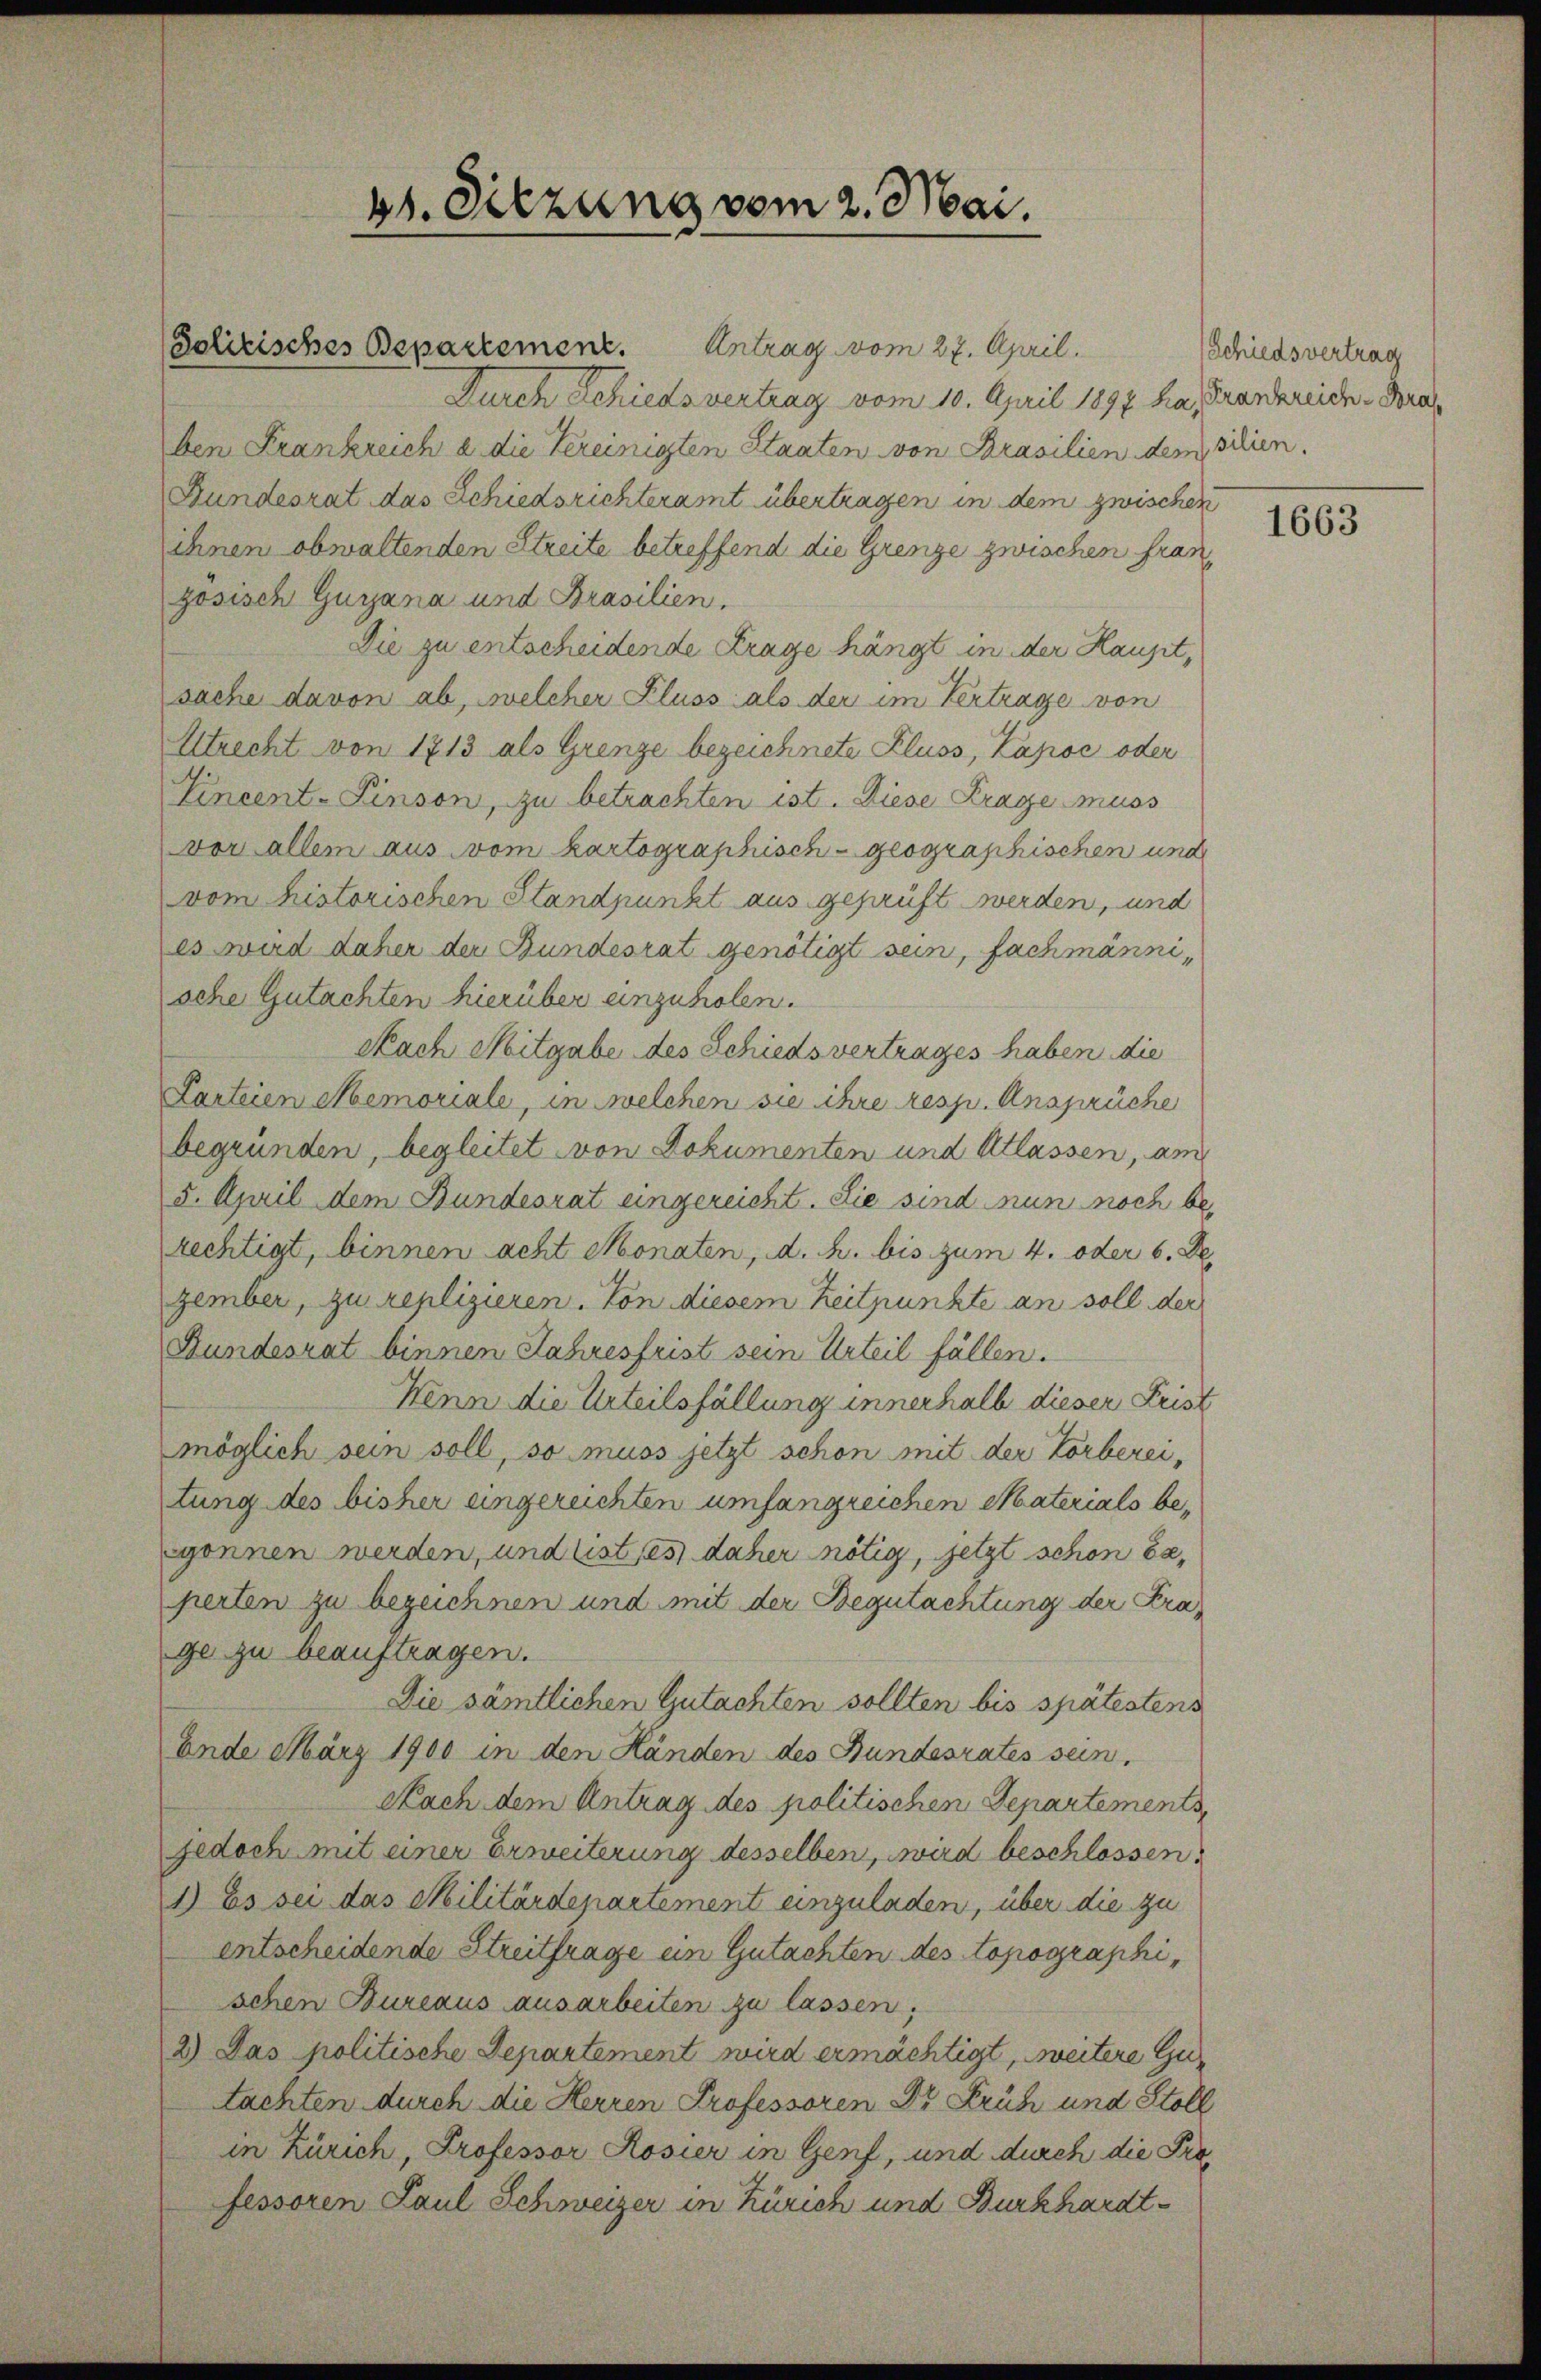
Solitisches Bepartement. Antrag vom 27. April.
Durch Schiedsvertrag vom 10. April 1897 ha, Trankreich-Fraben Frankreich a die Vereinigten Staaten von Brasilien dem schien.
Bundesrat das Schiedsrichteramt übertragen in dem zwischen
ihnen obwaltenden Streite betreffend die Grenze zwischen französisch Guyana und Brasilien.
Die zu entscheidende Frage hängt in der Hausit,
sache davon ab, welcher Fluss als der im Vertrage von
Utrecht von 1713 als Grenze bezeichnete Fluss, Zapoc oder
Vincent-Pinson, zu betrachten ist. Diese Frage muss
vor allem aus vom kartographisch geographischen und
vom historischen Standpunkt aus geprüft werden, und
es wird daher der Bundesrat genötigt sein, fachmännische Gutachten hierüber einzuholen.
Nach Mitgabe des Schiedsvertrages haben die
Larteien Memoriale, in welchen sie ihre resp. Ansprüche
begründen, begleitet von Dokumenten und Atlassen, am
5. April dem Bundesrat eingereicht. Die sind nun noch berechtigt, binnen acht Monaten, d. h. bis zum 4. oder 6. De
zember, zu replizieren. Von diesem Zeitpunkte an soll der
Bundesrat binnen Jahresfrist sein Urteil fällen.
Wenn die Urteilsfällung innerhalb dieser Frist
möglich sein soll, so muss jetzt schon mit der Körbereitung des bisher eingereichten umfangreichen Materials begonnen werden, und listies daher nötig, jetzt schon beperten zu bezeichnen und mit der Begutachtung der Frage zu beauftragen.
Die sämtlichen Gutachten sollten bis spätestens
Ende März 1900 in den Händen des Bundesrates sein.
Nach dem Antrag des politischen Separtements,
jedoch mit einer Erweiterung desselben, wird beschlossen.
1) Es sei das Militärdepartement einzuladen, über die zu
entscheidende Streitfrage ein Gutachten des topographischen Bureaus ausarbeiten zu lassen,
2) Das politische Departement wird ermächtigt, weitere Gutachten durch die Herren Professoren Dr Früh und Stoll
in Zürich, Professor Rosier in Genf, und durch die Pre
fessoren Paul Schweizer in Zürich und Burkhardt-

bt. Sitzung vom 2. Mai.

Schiedsvertrag

1663